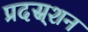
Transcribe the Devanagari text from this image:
प्रदस्र्शन